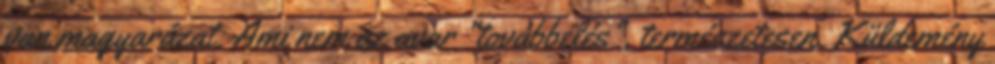
van magyarázat. Ami nem az avar "továbbélés", természetesen. Küldemény